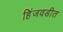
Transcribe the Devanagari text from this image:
हिंजवडीत